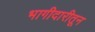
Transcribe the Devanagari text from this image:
भागीदारीतून